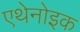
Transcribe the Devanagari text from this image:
एथेनोइक